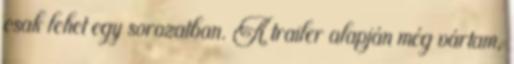
csak lehet egy sorozatban. A trailer alapján még vártam,